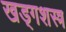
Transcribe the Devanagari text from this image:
खड्गशस्त्र